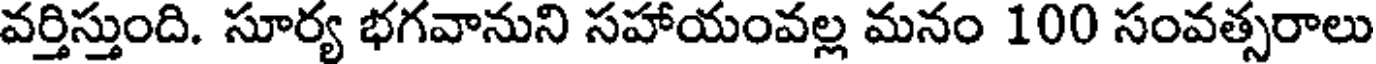
వర్తిస్తుంది. సూర్య భగవానుని సహాయంవల్ల మనం 100 సంవత్సరాలు